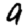
Digit: 9